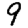
Digit: 9